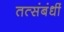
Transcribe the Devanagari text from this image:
तत्संबंधीं